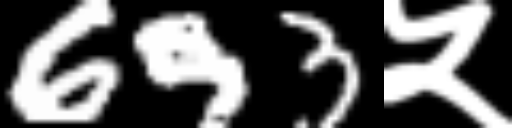
Text: 693५